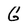
Character: G